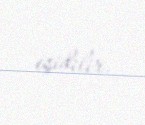
eşidilir.